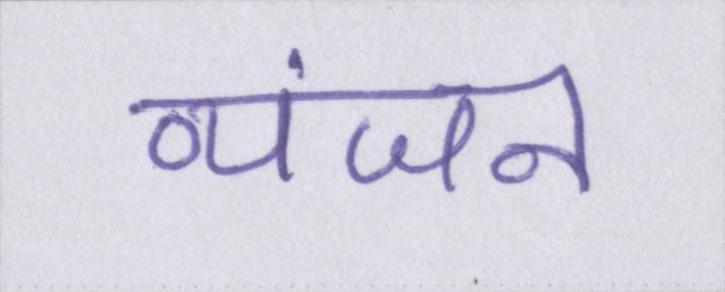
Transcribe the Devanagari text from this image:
व्यंजन